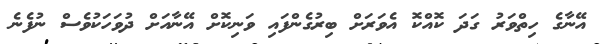
އޭނާގެ ހިތްވަރު ގަދަ ކޮއްކޮ އެވަރަށް ބިރުގެންފައި ވަނިކޮށް އޭނާއަށް ދުވަހަކުވެސް ނުފެނެ